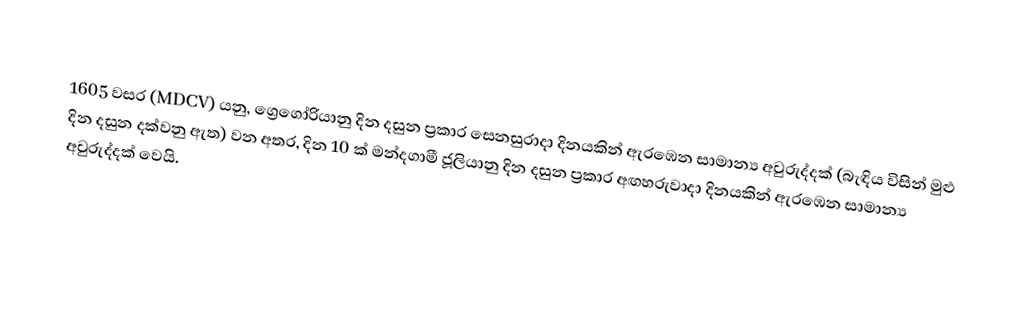

1605 වසර (MDCV) යනු, ග්‍රෙගෝරියානු දින දසුන ප්‍රකාර සෙනසුරාදා දිනයකින් ඇරඹෙන සාමාන්‍ය අවුරුද්දක් (බැඳිය විසින් මුළු දින දසුන දක්වනු ඇත) වන අතර, දින 10 ක් මන්දගාමී  ජූලියානු දින දසුන ප්‍රකාර අඟහරුවාදා දිනයකින් ඇරඹෙන සාමාන්‍ය අවුරුද්දක් වෙයි.